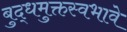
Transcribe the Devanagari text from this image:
बुद्धमुक्तस्वभावे